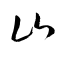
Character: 山